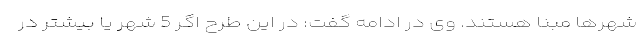
شهرها مبنا هستند. وی در ادامه گفت: در این طرح اگر 5 شهر یا بیشتر در